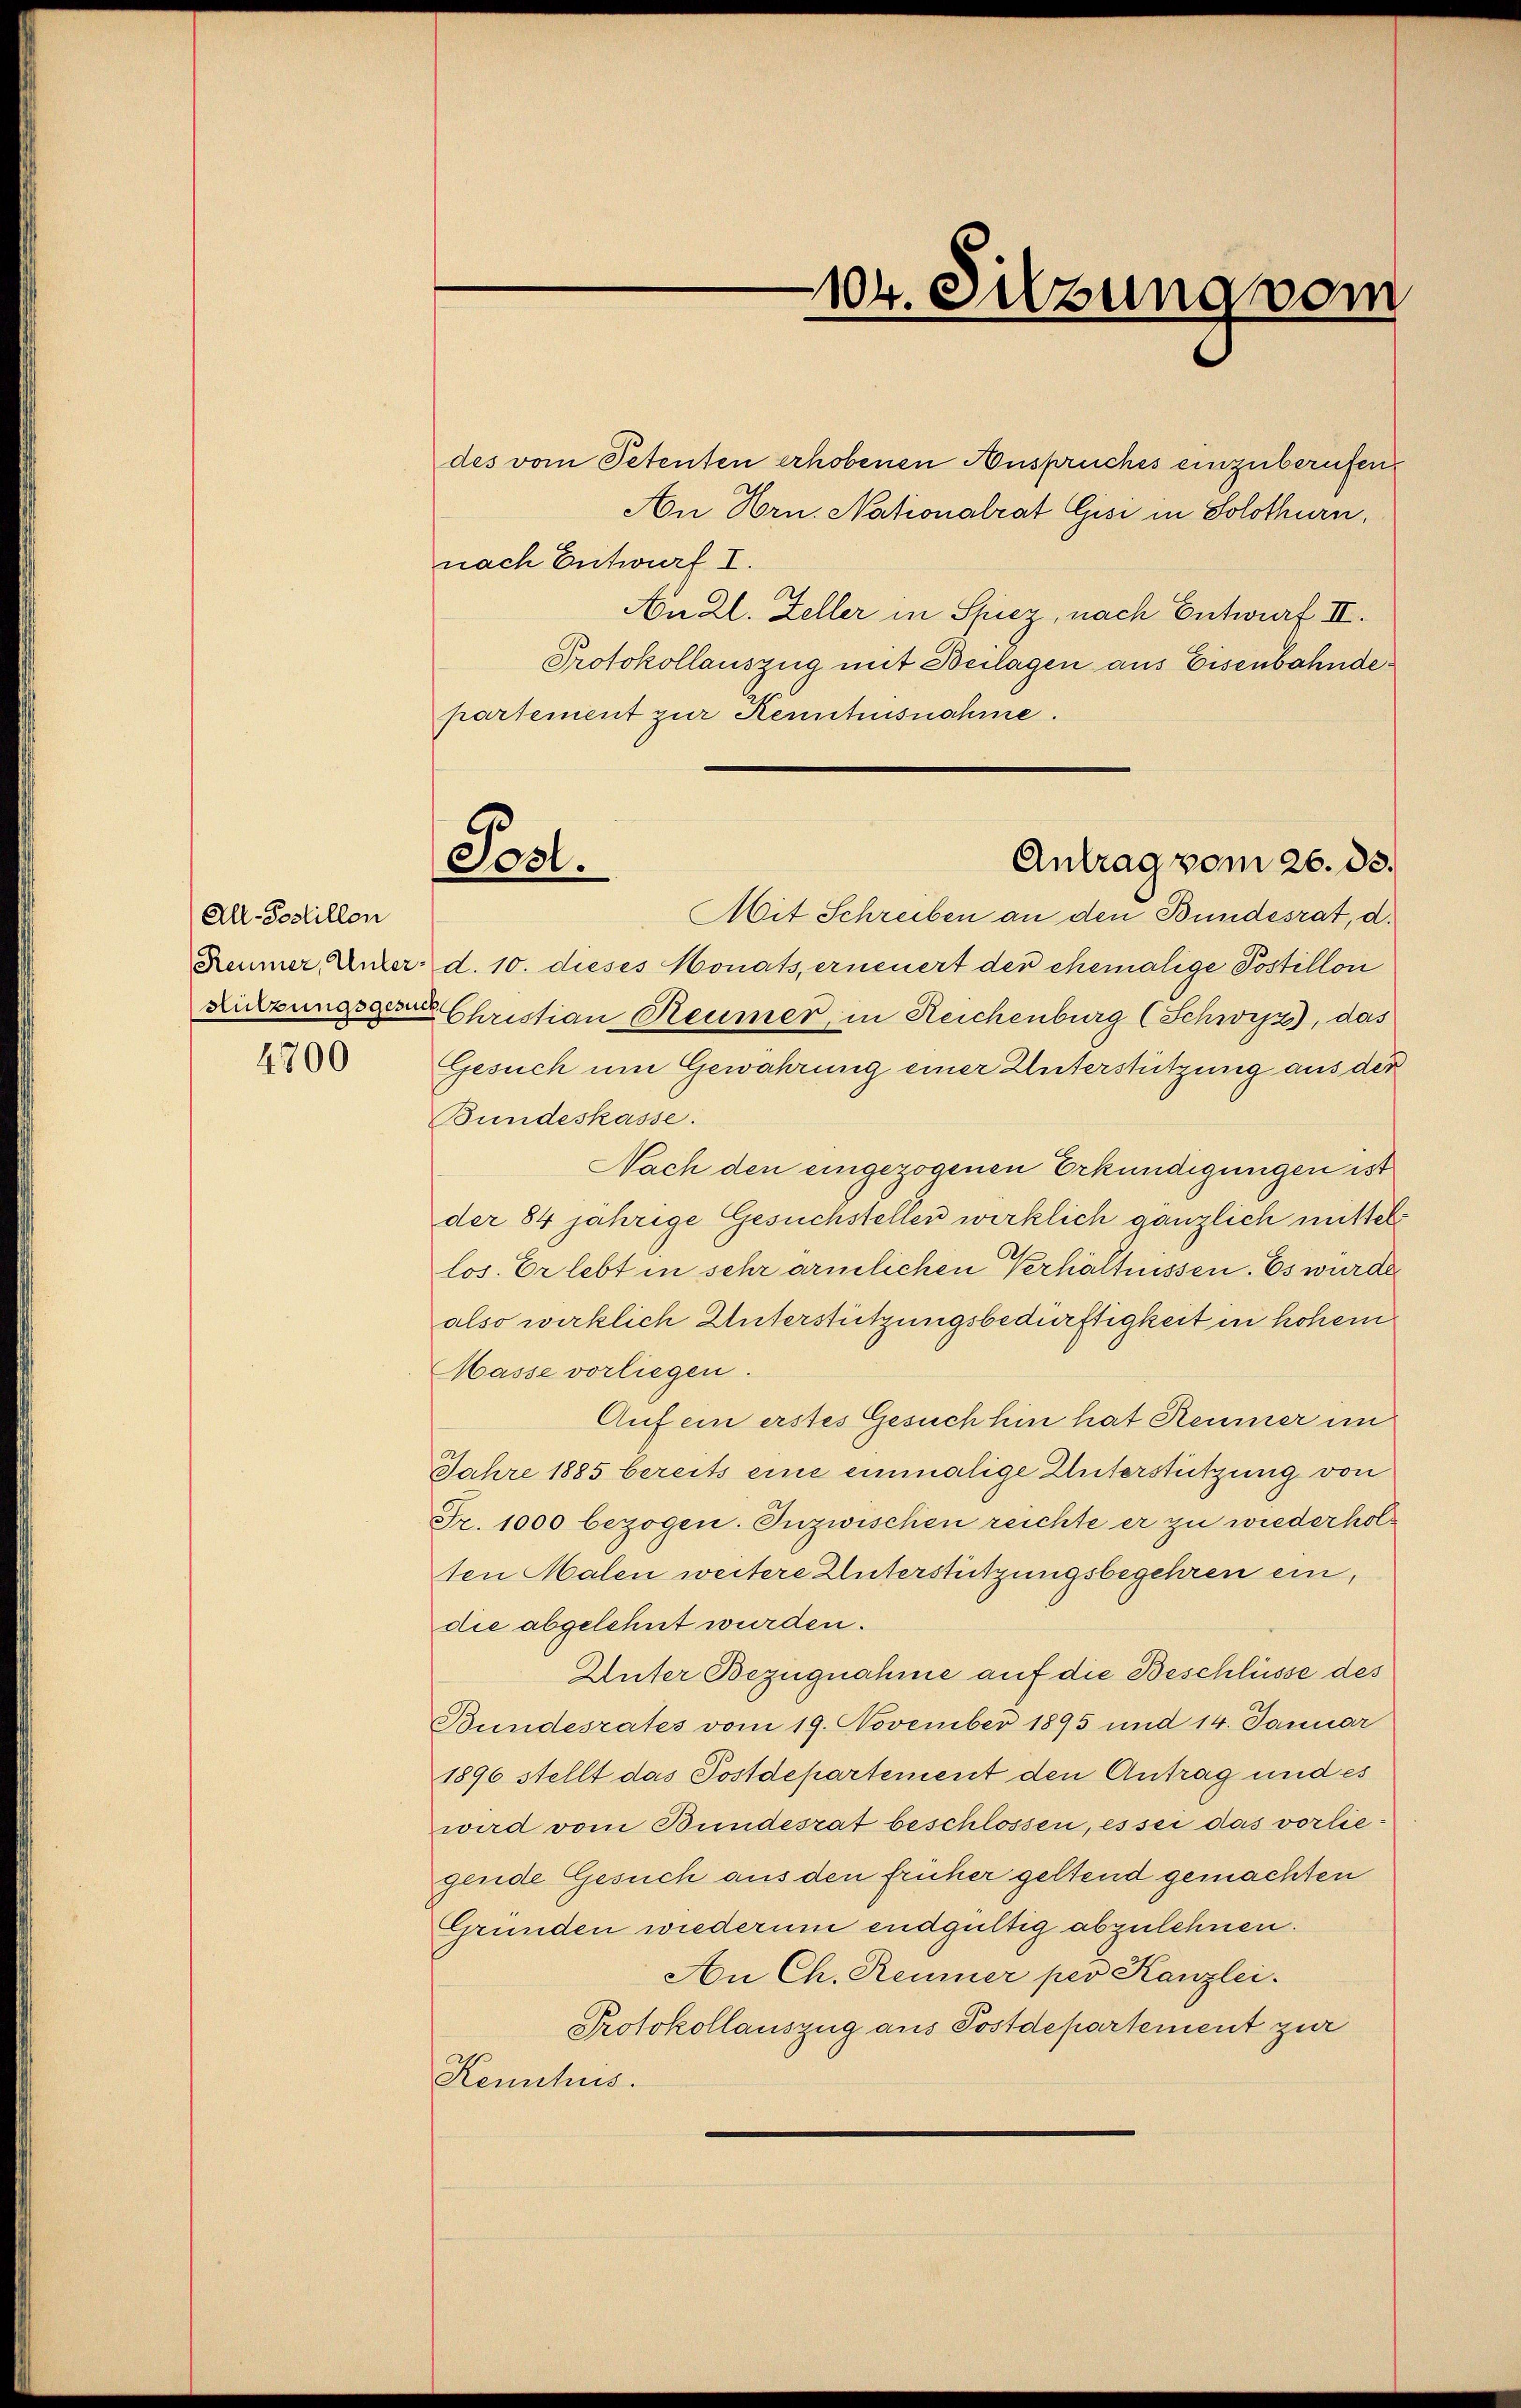
All-Postillen
Reumer, Unter¬
Hülzungsgesen

4700

Post.

des vom Petenten erhobenen Anspruches einzuberufen.
An Hrn. Nationalrat Gisi in Solothurn,
nach Entwurf I.
An Zl. Zeller in Spiez, nach Entwurf II.
Protokollauszug mit Beilagen aus Eisenbahndepartement zur Kenntnisnahme.
Mit Schreiben an den Bundesrat, d.
d. 10. dieses Monats, erneuert der ehemalige Postillon
Christian Reumer, in Reichenburg (Schwyz, das
Gesuch um Gewahrung einer Unterstützung aus der
Bundeskasse.
Nach den eingezogenen Erkundigungen ist
der 84 jährige Gesuchstellen wirklich gänzlich mittels
los. Er lebt in sehr ärmlichen Verhältnissen. Es wurde
also wirklich Unterstützungsbedürftigkeit in hohem
Masse vorliegen.
Auf ein erstes Gesuch hin hat Reumer im
Jahre 1885 bereits eine einmalige Unterstützung von
Fr. 1000 bezogen. Inzwischen reichte er zu wiederholten Malen weitere Unterstützungsbegehren ein,
die abgelehnt wurden.
Unter Bezugnahme auf die Beschlüsse des
Bundesrates vom 19. November 1895 und 14. Januar
1896 stellt das Postdepartement den Antrag und es
wird vom Bundesrat beschlossen, es sei das vorlie
gende Gesuch aus den früher geltend gemachten
Grunden wiederum endgültig abzulehnen.
An Ch. Reumer per Kanzlei.
Protokollauszug aus Postdepartement zur
Kenhus.

104. Sitzung vom

Antrag vom 26. 33.